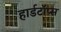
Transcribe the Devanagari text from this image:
हार्डटॉप्स